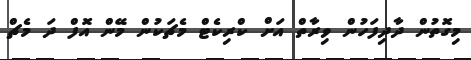
މިގޮތުން ދާދިފަހުން ވިރާތް އަށް ކްރިކެޓް މެޗަކުން މޭން އޮފް ދަ މެޗް